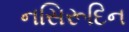
નસિરૂદિન